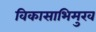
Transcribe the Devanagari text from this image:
विकासाभिमुख